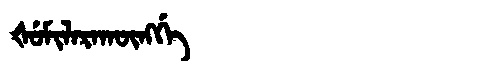
Manchu: ᡧᡠᠮᡳᠯᠠᡵᠠᡴᡡᠩᡤᡝ
Romanization: ŠUMILARAKŪNGGE